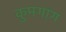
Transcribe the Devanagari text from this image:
कुमगांग